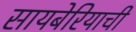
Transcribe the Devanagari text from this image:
सायबेरियाची